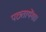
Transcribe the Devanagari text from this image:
पछ्तायेंगा।